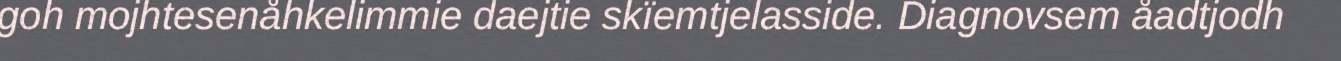
goh mojhtesenåhkelimmie daejtie skïemtjelasside. Diagnovsem åadtjodh